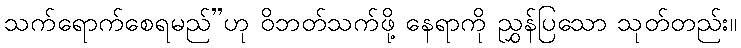
သက်ရောက်စေရမည်”ဟု ဝိဘတ်သက်ဖို့ နေရာကို ညွှန်ပြသော သုတ်တည်း။